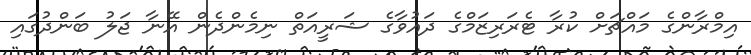
އިމްރާންގެ މައްޗަށް ކުރާ ޓެރަރިޒަމްގެ ދައުވާގެ ޝަރީއަތް ނިމެންދެން އޭނާ ޖަލު ބަންދުގައި